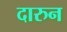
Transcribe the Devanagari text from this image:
दारुन